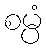
စမ္ပံ